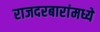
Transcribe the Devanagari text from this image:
राजदरबारांमध्ये